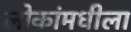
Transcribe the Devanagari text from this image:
लोकांमधीला